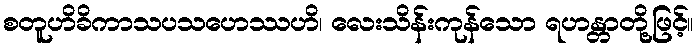
စတူဟိခိကာသပသဟေဿဟိ၊ လေးသိန်းကုန်သော ရဟန္တာတို့ဖြင့်။